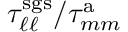
\tau _ { \ell \ell } ^ { \mathrm { s g s } } / \tau _ { m m } ^ { \mathrm { a } }